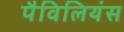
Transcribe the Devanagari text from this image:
पैविलियंस